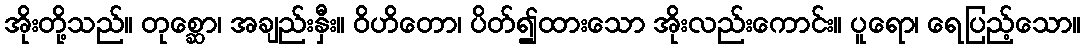
အိုးတို့သည်။ တုစ္ဆော၊ အချည်းနှီး။ ဝိဟိတော၊ ပိတ်၍ထားသော အိုးလည်းကောင်း။ ပူရော၊ ရေပြည့်သော။